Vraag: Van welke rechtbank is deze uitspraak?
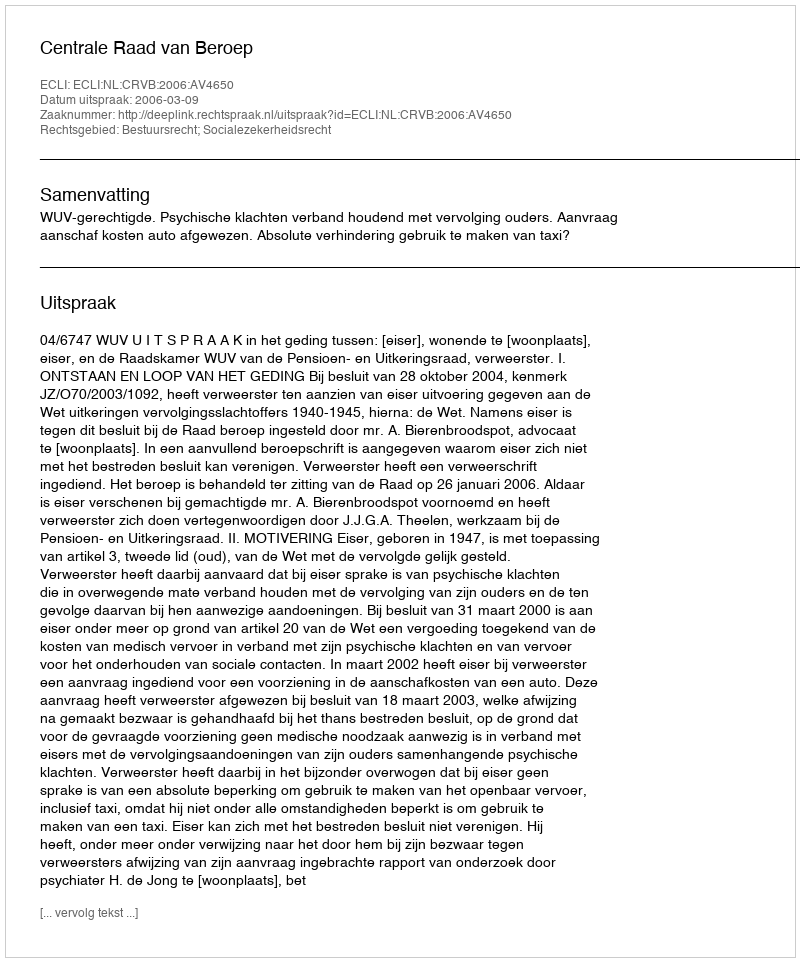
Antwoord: Centrale Raad van Beroep